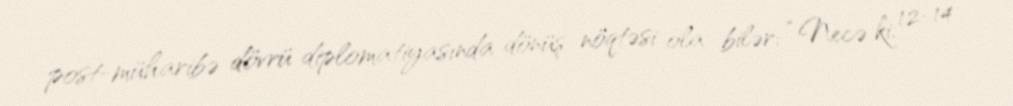
post-müharibə dövrü diplomatiyasında dönüş nöqtəsi ola bilər: “Necə ki, 12-14